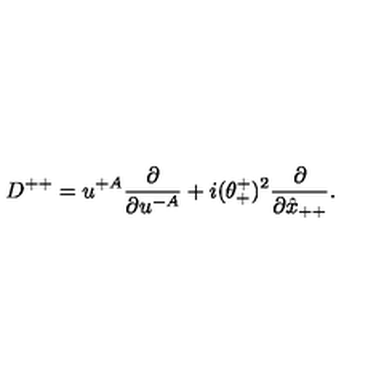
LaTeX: D ^ { + + } = u ^ { + A } { \frac { \partial } { \partial u ^ { - A } } } + i ( \theta _ { + } ^ { + } ) ^ { 2 } { \frac { \partial } { \partial \hat { x } _ { + + } } } .